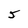
Character: 5